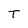
Character: T